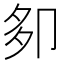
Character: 卶